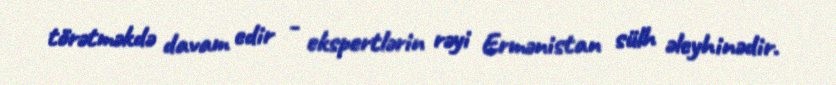
törətməkdə davam edir - ekspertlərin rəyi Ermənistan sülh əleyhinədir.